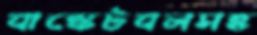
বাস্কেটবলসহ